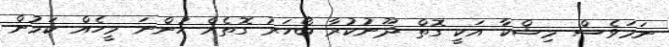
ނަމަވެސް މިޝްކާ އަކީ ގޮތް ދޫނުކުރާ ބޯހަރު ގޮތެއް ހުންނަ މީހެއް ކަމުން